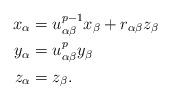
LaTeX: \begin{align*} x_\alpha & = u_{\alpha \beta}^{p-1} x_\beta + r_{\alpha \beta}z_\beta \\y_\alpha & = u_{\alpha \beta}^p y_\beta \\z_\alpha & = z_\beta. \end{align*}